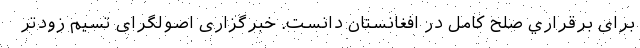
برای برقراري صلح کامل در افغانستان دانست. خبرگزاری اصولگرای تسیم زودتر